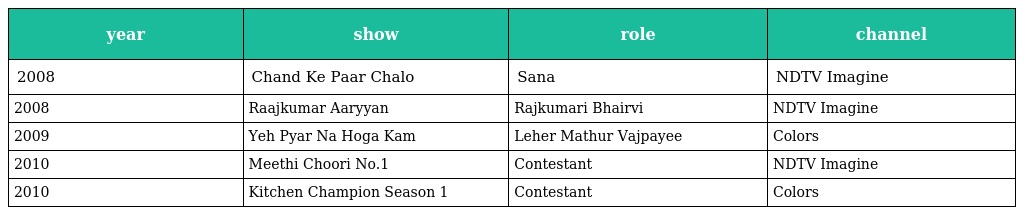
| year | show | role | channel |
 | --- | --- | --- | --- |
 | 2008 | Chand Ke Paar Chalo | Sana | NDTV Imagine |
 | 2008 | Raajkumar Aaryyan | Rajkumari Bhairvi | NDTV Imagine |
 | 2009 | Yeh Pyar Na Hoga Kam | Leher Mathur Vajpayee | Colors |
 | 2010 | Meethi Choori No.1 | Contestant | NDTV Imagine |
 | 2010 | Kitchen Champion Season 1 | Contestant | Colors |